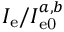
I _ { \mathrm { e } } / I _ { \mathrm { e 0 } } ^ { a , b }